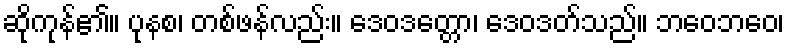
ဆိုကုန်၏။ ပုနစ၊ တစ်ဖန်လည်း။ ဒေဝဒတ္တော၊ ဒေဝဒတ်သည်။ ဘဝေဘဝေ၊